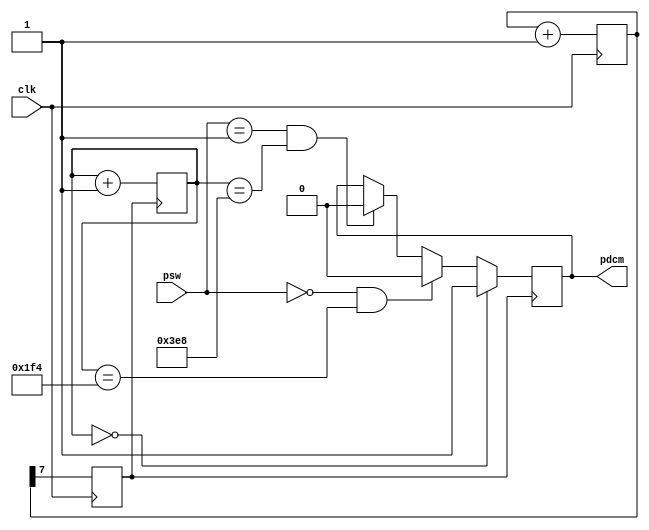
`timescale 1ns / 1ps
//////////////////////////////////////////////////////////////////////////////////
// Company: 
// Engineer: 
// 
// Design Name: 
// Module Name:    DC_Motor 
// Project Name: 
// Target Devices: 
// Tool versions: 
// Description: 
//
// Dependencies: 
//
// Revision: 
// Revision 0.01 - File Created
// Additional Comments: 
//
//////////////////////////////////////////////////////////////////////////////////
module DC_Motor(
output reg pdcm,
input[1:0]psw,
input clk );
reg[7:0]count;
reg[11:0]sclkdiv=12'd0;
reg dclk;
always @ (posedge clk)
begin
count<=count+1;
dclk<=count[7];
end
always @(posedge dclk)
begin
sclkdiv=sclkdiv+1;
end
always @(posedge dclk)
begin
if(sclkdiv==000000000000)
pdcm=1;
else if(psw==00 && sclkdiv==12'd500)
pdcm=0;
else if(psw==01 && sclkdiv==12'd1000)
pdcm=0;
else if(psw==10 && sclkdiv==12'd1500)
pdcm=0;
else if(psw==11 && sclkdiv==12'd2000)
pdcm=0;
end
endmodule